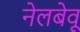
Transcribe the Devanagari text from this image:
नेलबेवू